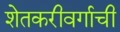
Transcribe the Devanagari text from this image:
शेतकरीवर्गाची